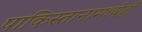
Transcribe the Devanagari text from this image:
पाकिस्तानामध्येही